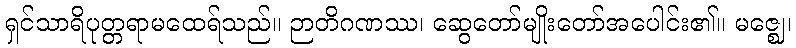
ရှင်သာရိပုတ္တရာမထေရ်သည်။ ဉာတိဂဏဿ၊ ဆွေတော်မျိုးတော်အပေါင်း၏။ မဇ္ဈေ၊